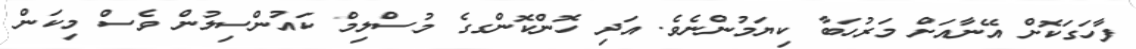
ފާހަގަކޮށް އޭނާއަށް މަރުހަބާ ކިޔަމުންނެވެ. އަދި ހޮންކޮންގގެ މުސްލިމް ކައުންސިލުން ވެސް މިކަން